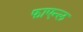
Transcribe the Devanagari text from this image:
फाएन्ल